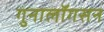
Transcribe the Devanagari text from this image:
गुनालॉगसन